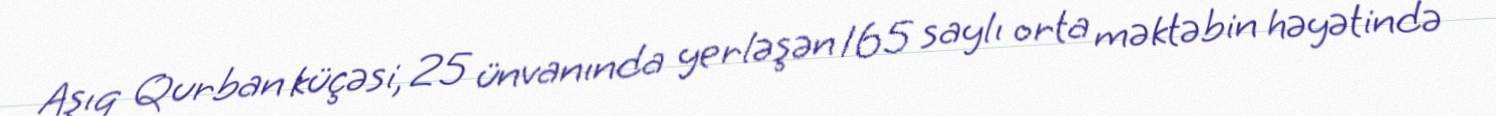
Aşıq Qurban küçəsi, 25 ünvanında yerləşən 165 saylı orta məktəbin həyətində